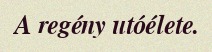
A regény utóélete.